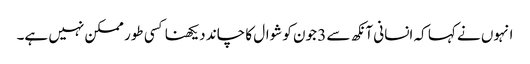
انہوں نے کہا کہ انسانی آنکھ سے 3 جون کو شوال کا چاند دیکھنا کسی طور ممکن نہیں ہے۔